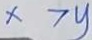
x > y